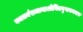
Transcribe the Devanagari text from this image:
यमधर्मराजायाश्रीचित्रगुप्तभगवान